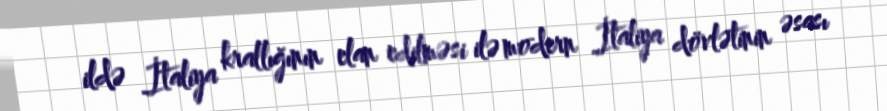
ildə İtaliya krallığının elan edilməsi ilə modern İtaliya dövlətinin əsası